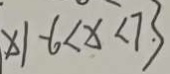
x \vert - 6 < x < 7 . 3